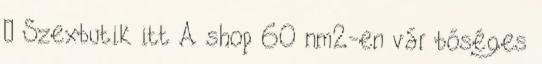
– Szexbutik itt A shop 60 nm2-en vár bőséges